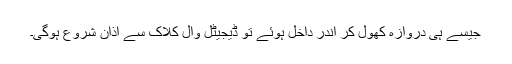
جیسے ہی دروازہ کھول کر اندر داخل ہوئے تو ڈیجیٹل وال کلاک سے اذان شروع ہوگی۔